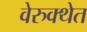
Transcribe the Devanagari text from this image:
वेरुक्थेत